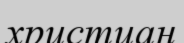
христиан